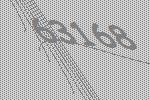
63168